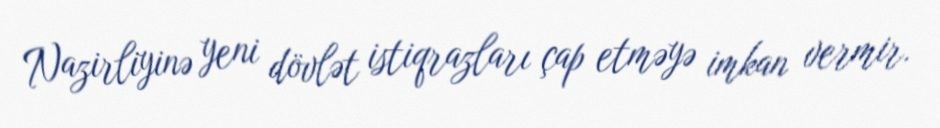
Nazirliyinə yeni dövlət istiqrazları çap etməyə imkan vermir.